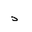
Letter: _thal